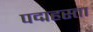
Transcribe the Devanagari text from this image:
पद्महस्ता